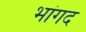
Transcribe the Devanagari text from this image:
भांगद